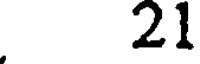
21